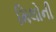
મિલોની